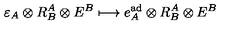
\varepsilon _ { A } \otimes R _ { B } ^ { A } \otimes E ^ { B } \longmapsto e _ { A } ^ { \mathrm { a d } } \otimes R _ { B } ^ { A } \otimes E ^ { B }